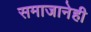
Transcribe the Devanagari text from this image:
समाजानेही